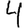
Digit: 4